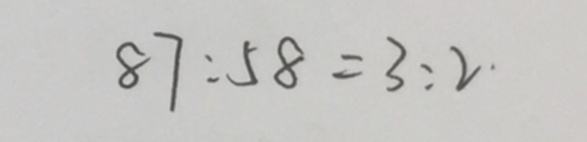
8 7 : 5 8 = 3 : 2 \cdot